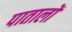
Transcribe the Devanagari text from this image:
पातालों